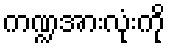
ကဏ္ဍအားလုံးကို